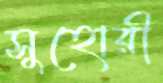
সুহোরী